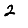
Digit: 2